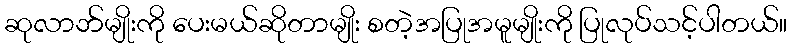
ဆုလာဘ်မျိုးကို ပေးမယ်ဆိုတာမျိုး စတဲ့အပြုအမူမျိုးကို ပြုလုပ်သင့်ပါတယ်။